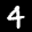
Label: 4